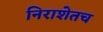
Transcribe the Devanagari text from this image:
निराशेतच